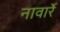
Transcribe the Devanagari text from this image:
नावार्रे